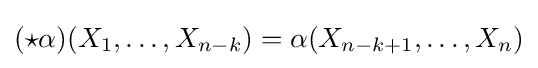
({\star }\alpha )(X_{1},\ldots ,X_{n-k})=\alpha (X_{n-k+1},\ldots ,X_{n})